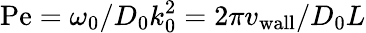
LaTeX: \mathrm{Pe}=\omega_{0}/D_{0}k_{0}^{2}=2\pi{v_{\mathrm{wall}}}/D_{0}L